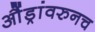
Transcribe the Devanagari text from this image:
औंड्रांवरुनच